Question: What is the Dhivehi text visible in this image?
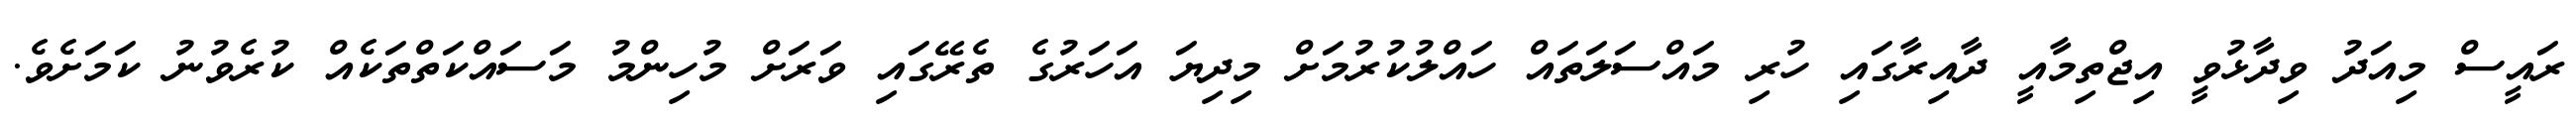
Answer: ރައީސް މިއަދު ވިދާޅުވީ އިޖްތިމާއީ ދާއިރާގައި ހުރި މައްސަލަތައް ހައްލުކުރުމަށް މިދިޔަ އަހަރުގެ ތެރޭގައި ވަރަށް މުހިންމު މަސައްކަތްތަކެއް ކުރެވުނު ކަމަށެވެ.